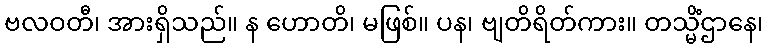
ဗလဝတီ၊ အားရှိသည်။ န ဟောတိ၊ မဖြစ်။ ပန၊ ဗျတိရိတ်ကား။ တသ္မိံဌာနေ၊